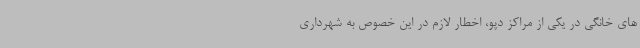
های خانگی در یکی از مراکز دپو، اخطار لازم در این خصوص به شهرداری